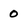
Character: 0